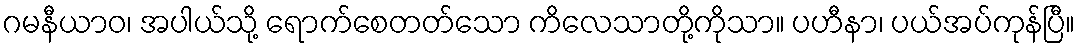
ဂမနီယာဝ၊ အပါယ်သို့ ရောက်စေတတ်သော ကိလေသာတို့ကိုသာ။ ပဟီနာ၊ ပယ်အပ်ကုန်ပြီ။